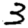
Digit: 3